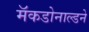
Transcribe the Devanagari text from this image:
मॅकडोनाल्डने